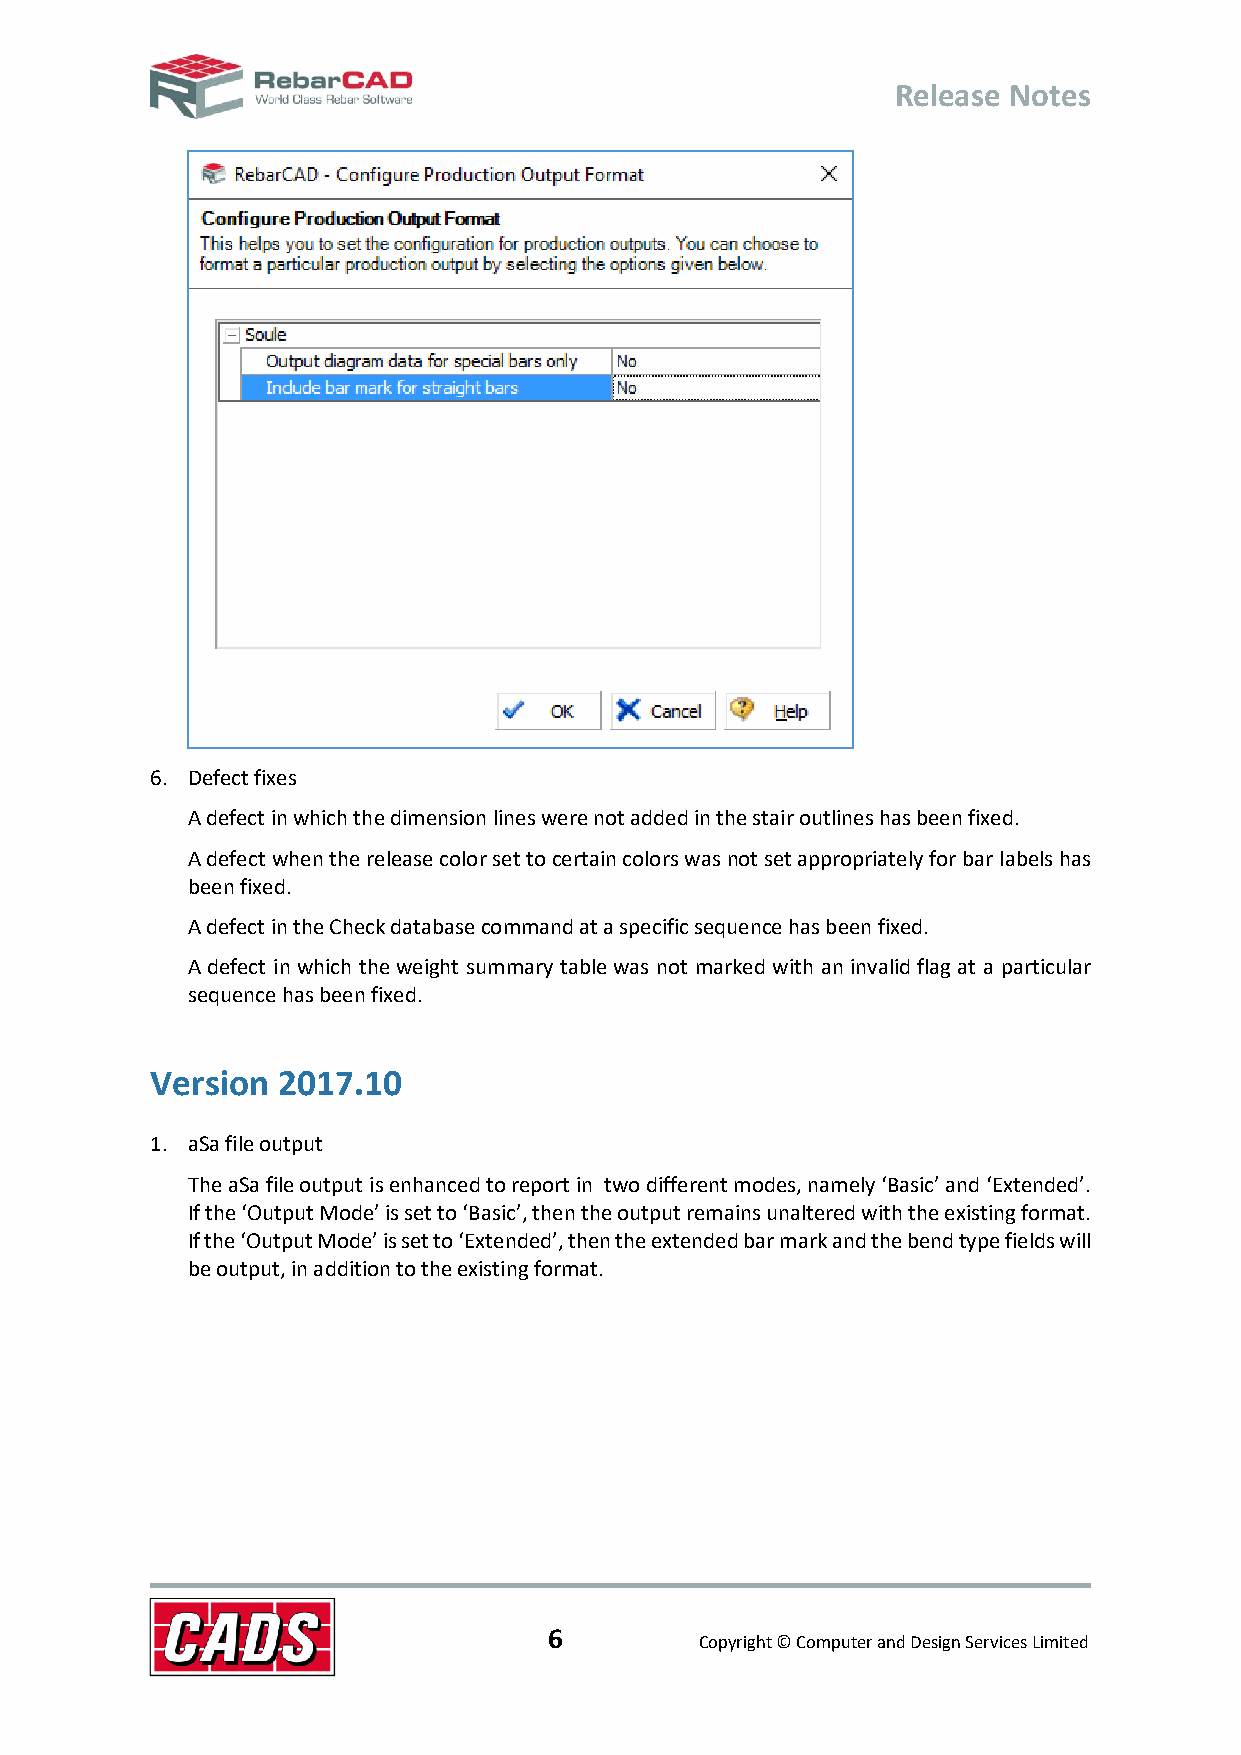
Release Notes
 6. Defect fixes
 A defect in which the dimension lines were not added in the stair outlines has been fixed.
 A defect when the release color set to certain colors was not set appropriately for bar labels has
 been fixed.
 A defect in the Check database command at a specific sequence has been fixed.
 A defect in which the weight summary table was not marked with an invalid flag at a particular
 sequence has been fixed.
 Version 2017.10
 1. aSa file output
 The aSa file output is enhanced to report in two different modes, namely ‘Basic’ and ‘Extended’.
 If the ‘Output Mode’ is set to ‘Basic’, then the output remains unaltered with the existing format.
 If the ‘Output Mode’ is set to ‘Extended’, then the extended bar mark and the bend type fields will
 be output, in addition to the existing format.
 6
 Copyright © Computer and Design Services Limited